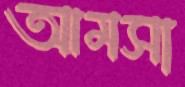
আমসা